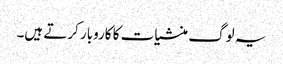
یہ لوگ منشیات کا کاروبار کرتے ہیں۔